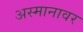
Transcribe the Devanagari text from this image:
अस्मानावर